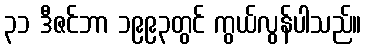
၃၁ ဒီဇင်ဘာ ၁၉၉၃တွင် ကွယ်လွန်ပါသည်။